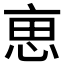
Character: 𠅤